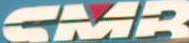
CMB